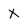
Character: x